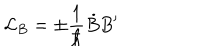
{ \cal L } _ { B } = \pm \frac 1 { \hbar } \dot { B } B ^ { \prime }